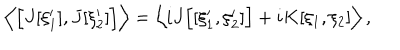
\left\langle \Bigl [ J [ \xi _ { 1 } ^ { \prime } ] , J [ \xi _ { 2 } ^ { \prime } ] \Bigr ] \right\rangle = \left\langle i J \Bigl [ [ \xi _ { 1 } ^ { \prime } , \xi _ { 2 } ^ { \prime } ] \Bigr ] + i K [ \xi _ { 1 } , \xi _ { 2 } ] \right\rangle ,